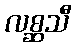
လစ္ဆသီ